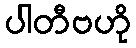
ပါတီဗဟို